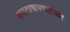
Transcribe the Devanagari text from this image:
काटाचमच्याच्या